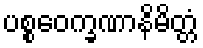
ပစ္စဝေက္ခဏာနိမိတ္တံ